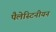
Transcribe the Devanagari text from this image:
पैलेस्टिनीयन